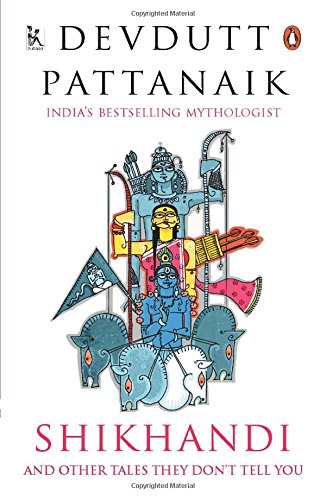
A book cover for Shikhandi: And Other Tales They Don't Tell You; Devdutt Pattanaik; Gay & Lesbian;